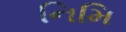
નિમિ